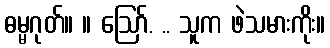
ဓမ္မဂုတ်။ ။ ဪ. .. သူက ဖဲသမားကိုး။